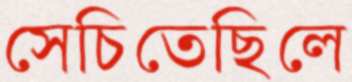
সেচিতেছিলে